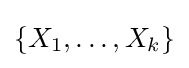
\{X_{1},\ldots ,X_{k}\}